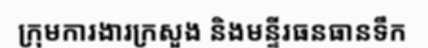
ក្រុមការងារក្រសួង និងមន្ទីរធនធានទឹក